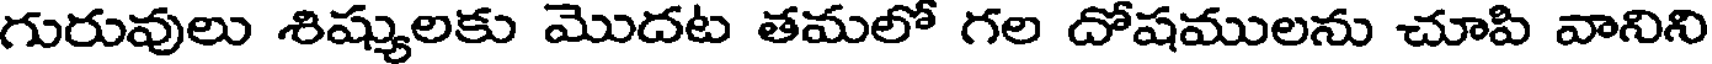
గురువులు శిష్యులకు మొదట తమలో గల దోషములను చూపి వానిని